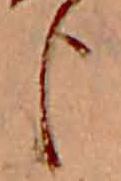
臣